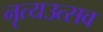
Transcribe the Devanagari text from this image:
नृत्यउत्सव